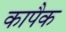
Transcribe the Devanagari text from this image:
कापैक